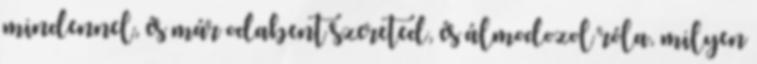
mindennel, és már odabent szereted, és álmodozol róla, milyen